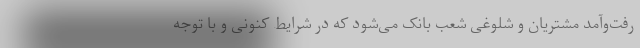
رفت‌وآمد مشتریان و شلوغی شعب بانک می‌شود که در شرایط کنونی و با توجه